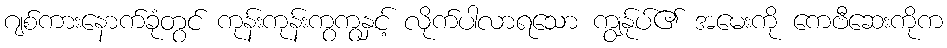
ဂျစ်ကားနောက်ခုံတွင် ကုန်းကုန်းကွကွနှင့် လိုက်ပါလာရသော ကျွန်ုပ်၏ အမေးကို ကေဗီဆေးကိုက